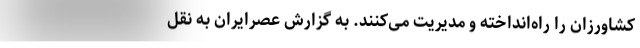
کشاورزان را راه‌انداخته و مدیریت می‌کنند. به گزارش عصرایران به نقل